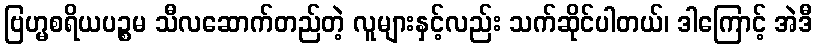
ဗြဟ္မစရိယပဉ္စမ သီလဆောက်တည်တဲ့ လူများနှင့်လည်း သက်ဆိုင်ပါတယ်၊ ဒါကြောင့် အဲဒီ